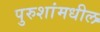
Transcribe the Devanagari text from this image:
पुरुशांमधील